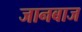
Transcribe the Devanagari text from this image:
जानबाज